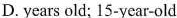
D. years old; 15-year-old